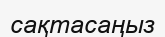
сақтасаңыз